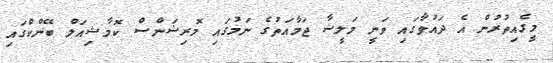
މީގެއިތުރުން އެ ދައުވާގައި ވަނީ މަލީޝާ ޖަމާއަތުގެ ނަމުގައި މޮރިޝަންސް ކޮމާޝިއަލް ބޭންކްގައި